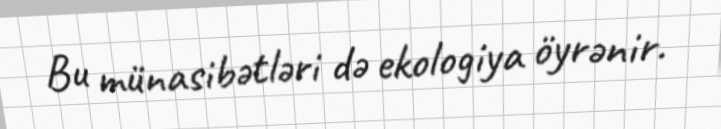
Bu münasibətləri də ekologiya öyrənir.